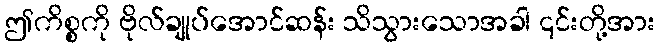
ဤကိစ္စကို ဗိုလ်ချုပ်အောင်ဆန်း သိသွားသောအခါ ၎င်းတို့အား